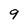
Character: 9